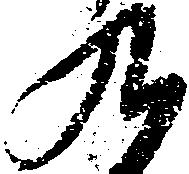
九